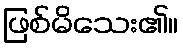
ဖြစ်မိသေး၏။